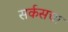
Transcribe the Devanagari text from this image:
सर्कसचा